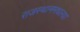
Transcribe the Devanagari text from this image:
राजस्थानमधल्या